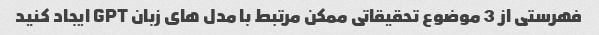
فهرستی از 3 موضوع تحقیقاتی ممکن مرتبط با مدل های زبان GPT ایجاد کنید